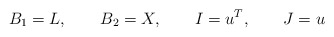
\begin{align*}B_1=L,\qquad B_2=X,\qquad I=u\sp{T},\qquad J=u\end{align*}